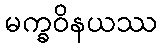
မက္ခဝိနယဿ